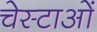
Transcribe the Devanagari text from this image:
चेस्टाओं